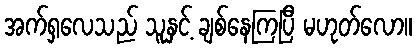
အက်ရှလေသည် သူနှင့် ချစ်နေကြပြီ မဟုတ်လော။